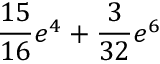
\frac { 1 5 } { 1 6 } e ^ { 4 } + \frac { 3 } { 3 2 } e ^ { 6 }